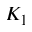
K _ { 1 }